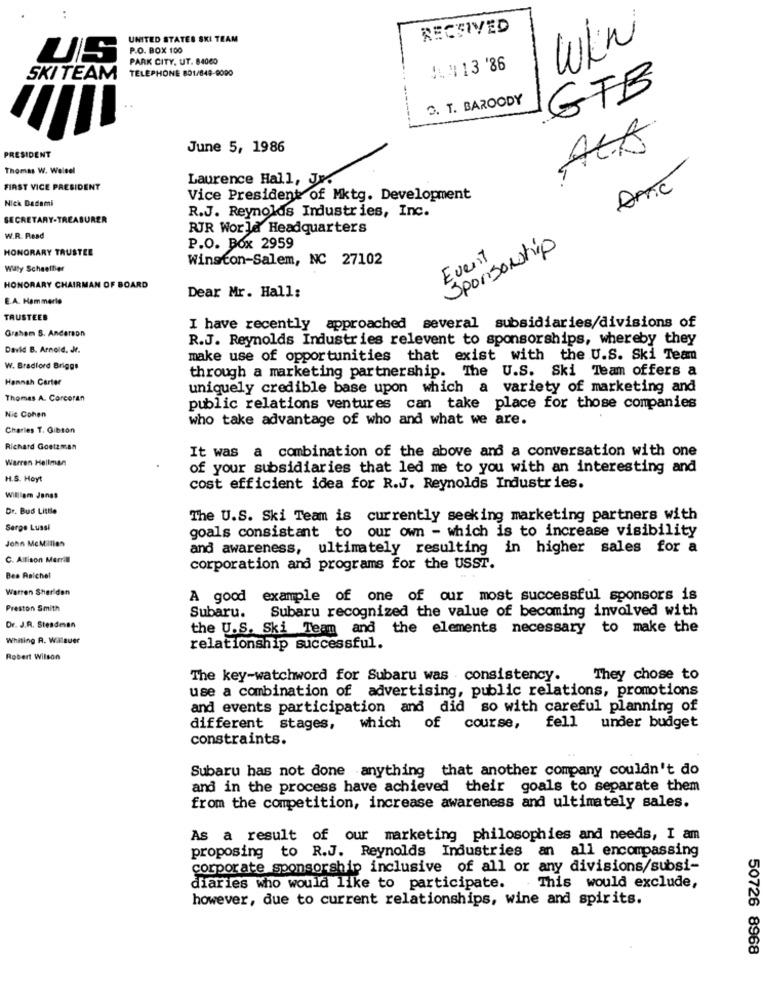
RECEIVED
UNITED STATES SKI TEAM
Wkn
P.O. BOX 100
US
PARK CITY, UT. 84060
TELEPHONE 801/848-9000
JAN 13 '86
SKI TEAM
GFB
O. T. BAROODY
PRESIDENT
June 5, 1986
Thomas W. Welsel
Laurence Hall, Je.
FIRST VICE PRESIDENT
Nick Dadami
Vice President of Mktg. Development
R.J. Reynolds Industries, Inc.
SECRETARY-TREASURER
RIR World Headquarters
W.R. Read
HONORARY TRUSTEE
P.O. Box 2959
Sponsorship
Winston-Salem, NC 27102
Event
Willy Scheettier
HONORARY CHAIRMAN OF BOARD
E.A. Hammerle
Dear Mr. Hall:
TRUSTEES
Graham S. Anderson
I have recently approached several subsidiaries/divisions of
R.J. Reynolds Industries relevent to sponsorships, whereby they
David B. Arnold, Je.
make use of opportunities that exist with the U.S. Ski Team
W. Bradford Briggs
through a marketing partnership. The U.S. Ski Team offers a
Hannah Carter
uniquely credible base upon which a variety of marketing and
Thomas A. Corcoran
public relations ventures can take place for those companies
Nic Cohen
who take advantage of who and what we are.
Charles T. Gibton
Richard Goetzman
It was a combination of the above and a conversation with one
Warren Hellman
of your subsidiaries that led me to you with an interesting and
H.S. Hoyt
cost efficient idea for R.J. Reynolds Industries.
William Jongs
Dr. Bud Little
The U.S. Ski Team is currently seeking marketing partners with
Serge Lussi
goals consistant to our own - which is to increase visibility
John McMillan
and awareness, ultimately resulting in higher sales for a
C. Allison Merrill
corporation and programs for the USST.
Bee Reichel
Warren Sheridan
A good
example of one of our most successful sponsors is
Preston Smith
Subaru recognized the value of becoming involved with
Dr. J.R. Steadman
Subaru.
the U.S. Ski Team and the elements necessary to make the
Whiting R. Wallsuer
relationship successful.
Robert Wilson
The key-watchword for Subaru was . consistency.
They chose to
use a combination of advertising, public relations, promotions
and events participation and did so with careful planning of
different stages,
which of course,
fell under budget
constraints.
Subaru has not done anything that another company couldn't do
and in the process have achieved their goals to separate them
from the competition, increase awareness and ultimately sales.
As a result of our marketing philosophies and needs, I am
proposing to R.J. Reynolds Industries an all encompassing
corporate sponsorship inclusive of all or any divisions/subsi-
diaries who would like to participate.
This would exclude,
however, due to current relationships, wine and spirits.
50726 8968